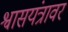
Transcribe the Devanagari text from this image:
श्वासयंत्रावर